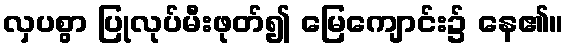
လှပစွာ ပြုလုပ်မီးဖုတ်၍ မြေကျောင်း၌ နေ၏။